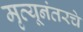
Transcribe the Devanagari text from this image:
मृत्यूनंतरचे